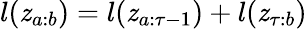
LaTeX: l(\mathit{z}_{a:b})=l(\mathit{z}_{a:\tau-1})+l(\mathit{z}_{\tau:b})